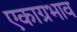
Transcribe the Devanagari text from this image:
एकाग्रभाव